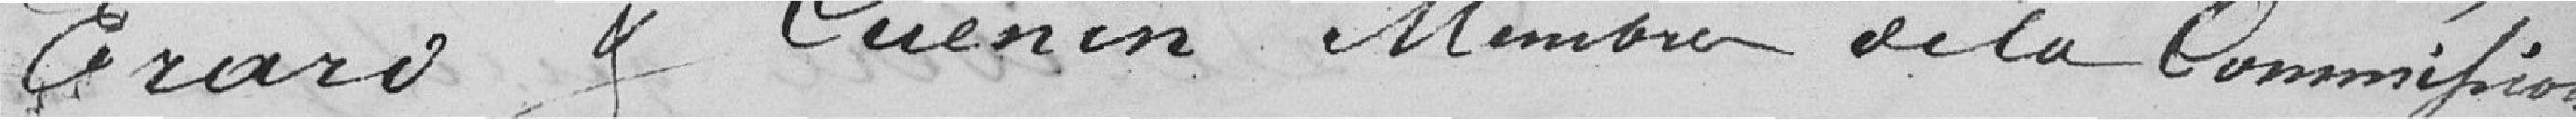
Ecrase Ouenin membre de la Commission